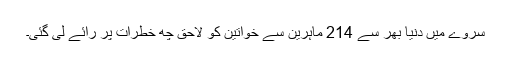
سروے میں دنیا بھر سے 214 ماہرین سے خواتین کو لاحق چھ خطرات پر رائے لی گئی۔